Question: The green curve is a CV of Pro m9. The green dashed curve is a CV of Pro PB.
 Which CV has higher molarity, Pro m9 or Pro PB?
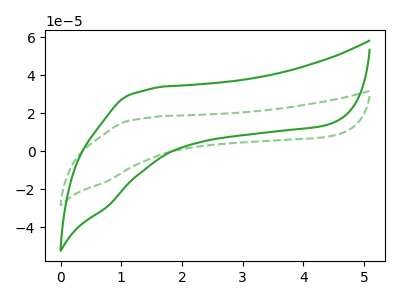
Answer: <think>The green curve "Pro m9" has no peaks. The green dashed curve "Pro PB" has no peaks.
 Neither "Pro m9" or "Pro PB" have any peaks.</think>
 <answer>I cant tell if "Pro m9" or "Pro PB" has higher concentration.</answer>
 <eval>mixed_concentration</eval>